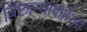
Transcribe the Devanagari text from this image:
बिछान्याबाहेरही